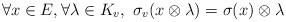
LaTeX: \begin{align*}\forall x \in E, \forall \lambda \in K_v, \ \sigma_v(x \otimes \lambda) = \sigma(x) \otimes \lambda \end{align*}